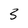
Character: 3